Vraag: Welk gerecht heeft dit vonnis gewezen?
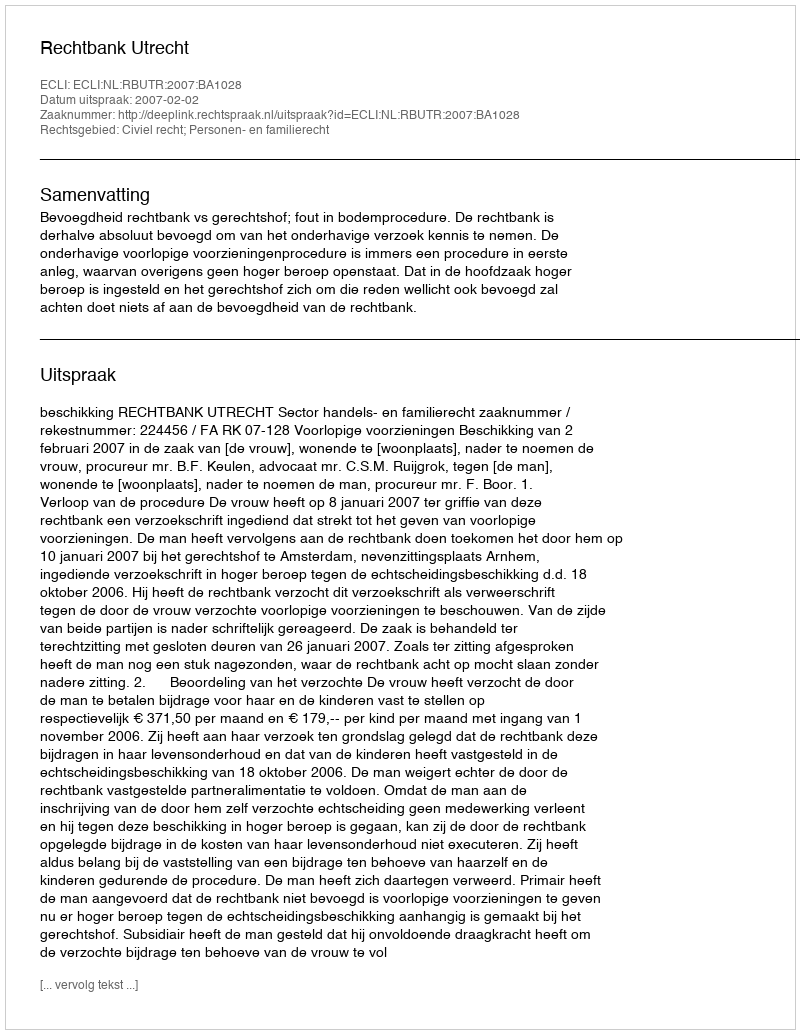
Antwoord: Rechtbank Utrecht